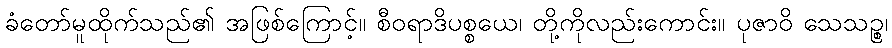
ခံတော်မူထိုက်သည်၏ အဖြစ်ကြောင့်။ စီဝရာဒိပစ္စယေ၊ တို့ကိုလည်းကောင်း။ ပုဇာဝိ သေသဉ္စ၊